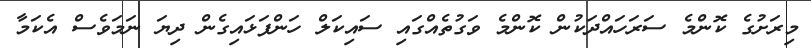
މިރަށުގެ ކޮންމެ ސަރަހައްދަކުން ކޮންމެ ވަގުތެއްގައި ސައިކަލް ހަންފަޅައިގެން ދިޔަ ނަމަވެސް އެކަމާ